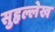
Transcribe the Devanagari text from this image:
सुहृल्लेख